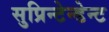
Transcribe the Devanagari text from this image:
सुप्रिन्टेन्डेन्ट